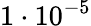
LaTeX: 1\cdot 10^{-5}